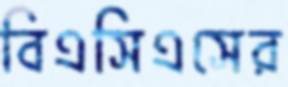
বিএসিএসের